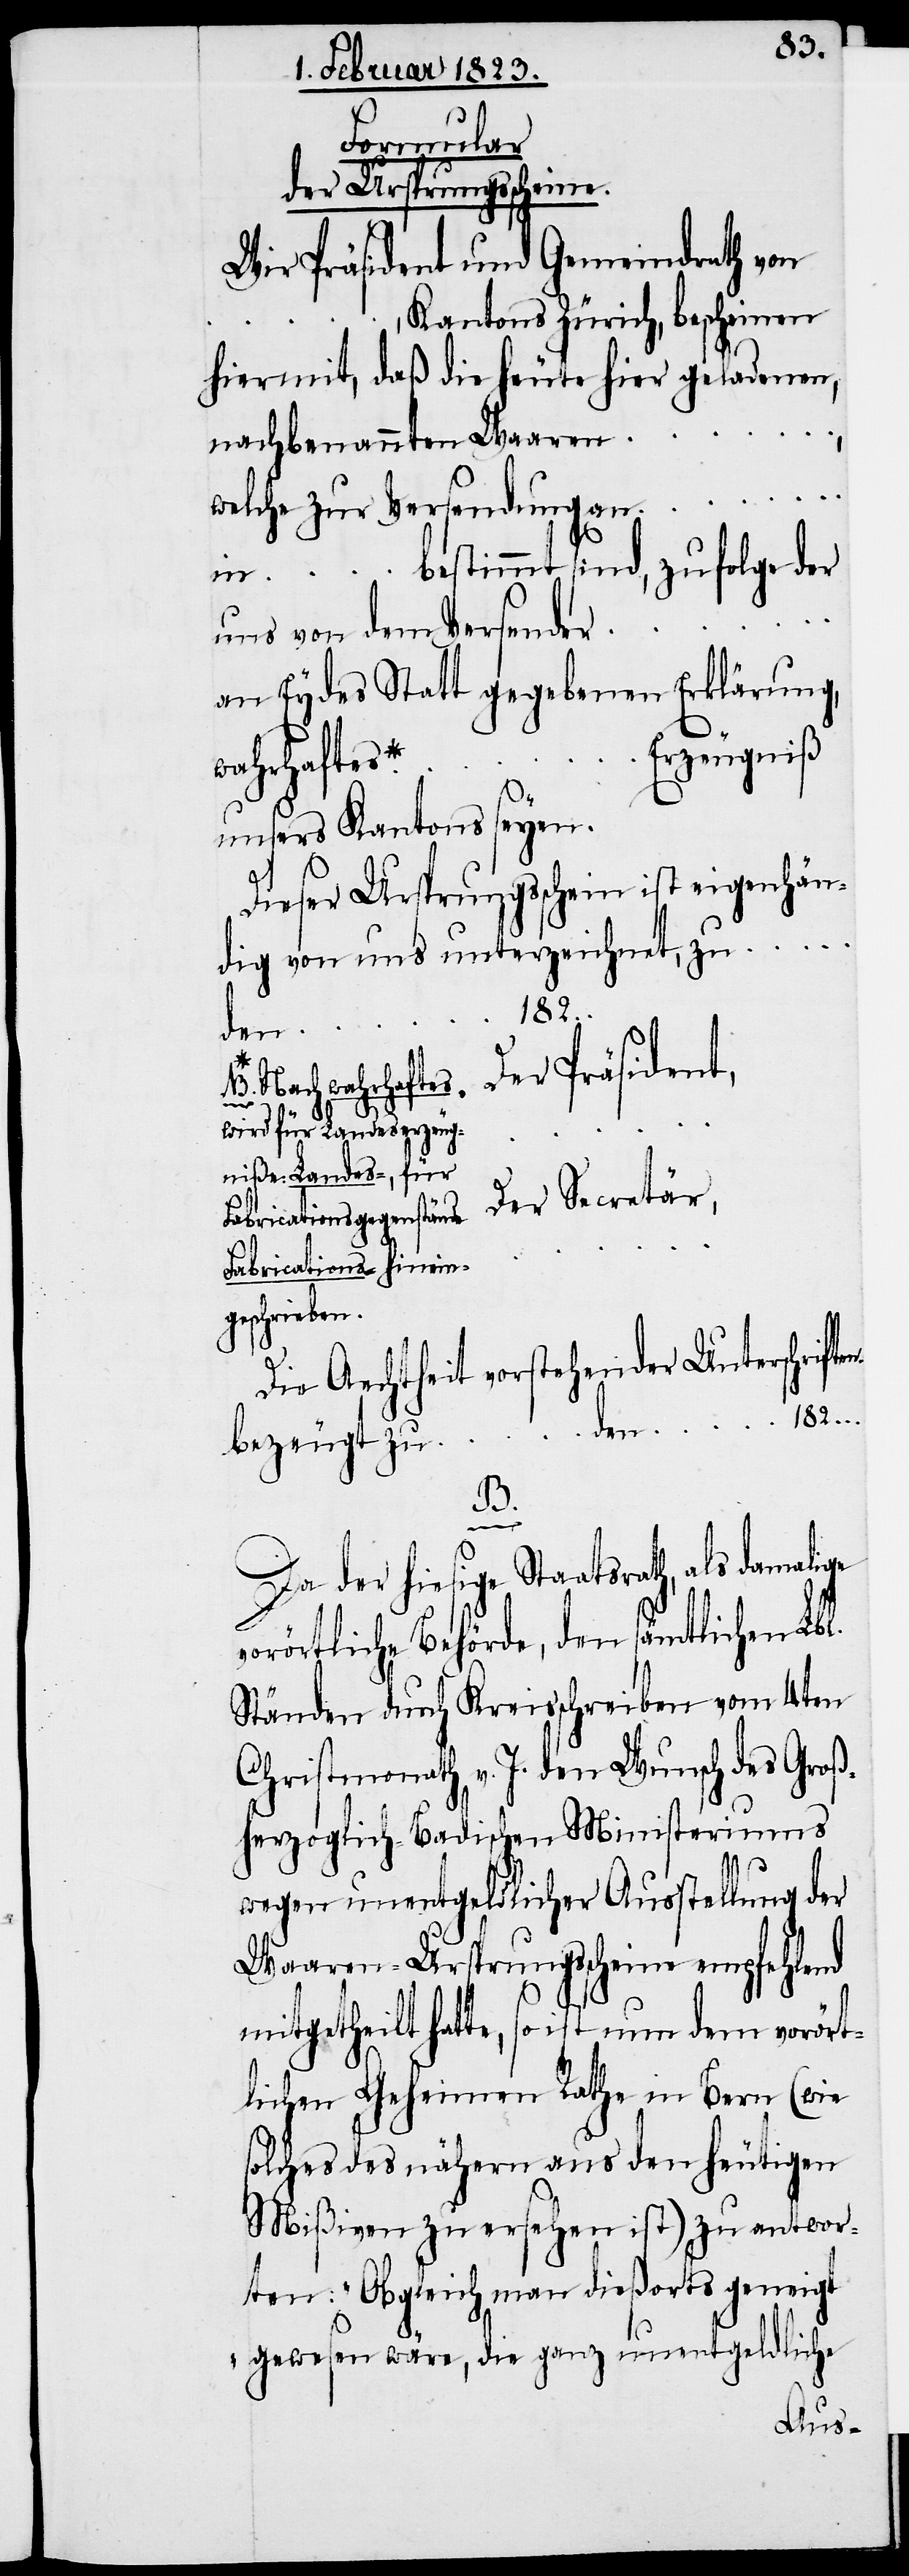
Formular
der Ursprungsscheine.
Wir Präsident und Gemeindrath von
…, Kantons Zürich, bescheinen
hiermit, daß die heute hier geladenen,
nachbenannten Waaren
welche zur Versendung an …
in … bestimmt sind, zufolge der
uns von dem Versender …
an Eydes Statt gegebenen Erklärung,
Erzeugniß
wahrhaftes*
unsers Kantons seyen.
Dieser Ursprungsschein ist eigenhän¬
dig von uns unterzeichnet, zu …
182….
Der Präsident,
B. Nach wahrhaftes
l.
wird für Landeserzeug¬
niße Landes-, für
Der Secretär,
Fabricationsgegenstände
Fabrications- hinein¬
geschriebe¬
Die Aechtheit vorstehender Unterschrifte¬
182….
…
bezeugt zu
vo¬
damalige
Da der hiesige Staatsrath, als
rörtliche Behörde, den sämtlichen Lb¬
Ständen durch Kreisschreiben vom 4ten
Christmonath v. J. den Wunsch des Groß¬
herzoglich-Badischen Ministeriums
wegen unentgeldlicher Ausstellung der
Waaren-Ursprungsscheine empfehlend
mitgetheilt hatte, so ist nun dem vorört¬
lichen Geheimen Rathe in Bern (wie
solches des nähern aus den heutigen
Mißiven zu ersehen ist) zu antwor¬
ten: „Obgleich man dießorts geneigt
gewesen wäre, die ganz unentgeldliche